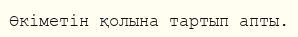
Өкіметін қолына тартып апты.